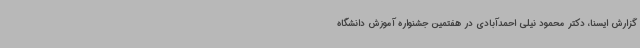
گزارش ایسنا، دکتر محمود نیلی احمدآبادی در هفتمین جشنواره آموزش دانشگاه